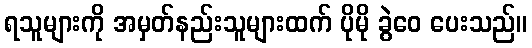
ရသူများကို အမှတ်နည်းသူများထက် ပိုမို ခွဲဝေ ပေးသည်။